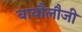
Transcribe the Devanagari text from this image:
बायौलौजी